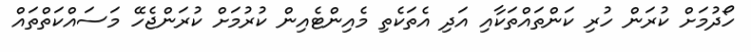
ހޯދުމަށް ކުރަން ހުރި ކަންތައްތަކާއި އަދި އެތަކެތި މެއިންޓެއިން ކުރުމަށް ކުރަންޖެހޭ މަސައްކަތްތައް